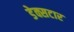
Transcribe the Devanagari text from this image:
डेक्सटार